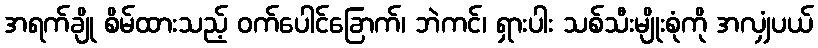
အရက်ချို စိမ်ထားသည့် ဝက်ပေါင်ခြောက်၊ ဘဲကင်၊ ရှားပါး သစ်သီးမျိုးစုံကို အလျှံပယ်